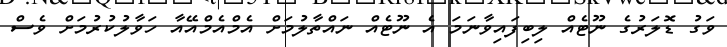
ވަގު ޑޮލަރުގެ ނޫޓެއް ލިބިފައިވާނަމަ އެ ނޫޓެއް ނައްތާލުމަށް އެމްއެމްއޭއާ ހަވާލުކުރުމަށް ވެސް